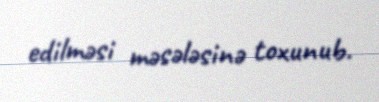
edilməsi məsələsinə toxunub.